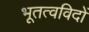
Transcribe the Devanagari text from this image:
भूतत्वविदों